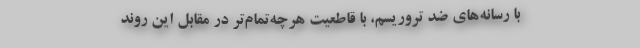
با رسانه‌های ضد تروریسم، با قاطعیت هرچه‌تمام‌تر در مقابل این روند